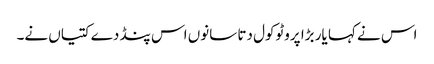
اس نے کہا یار بڑا پروٹوکول دتا سانوں اس پنڈ دے کتیاں نے۔